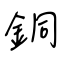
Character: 銅